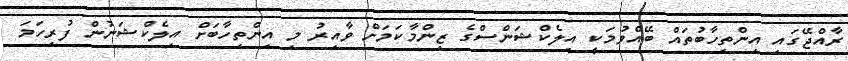
ރާއްޖޭގައި އިންތިހާބުތައް ބޭއްވުމަކީ އިލެކްޝަންސްގެ ޒިންމާކަމަށް ވާއިރު މި އިންތިހާބަށް އިލެކްޝަނުން ފުރިހަމަ